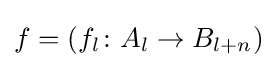
f=(f_{l}\colon A_{l}\rightarrow B_{l+n})